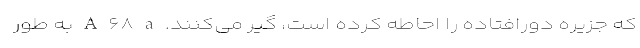
که جزیره دورافتاده را احاطه کرده است، گیر می‌کنند. A ۶۸ a به طور